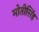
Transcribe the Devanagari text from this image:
मोतीसिंह